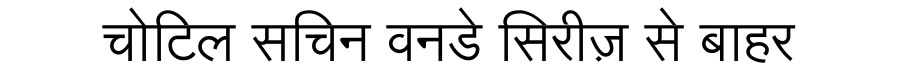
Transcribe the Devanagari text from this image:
चोटिल सचिन वनडे सिरीज़ से बाहर